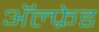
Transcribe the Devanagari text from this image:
अॅल्फ्रेड